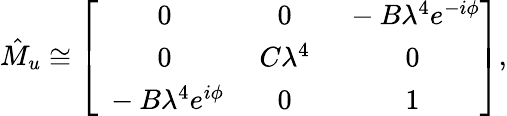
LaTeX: \hat{M}_{u}\cong\left[\begin{array}{ccc}{{\ 0}}&{{\ 0}}&{{\ -B\lambda^{4}e^{-i\phi}}}\\ {{\ 0}}&{{\ C\lambda^{4}}}&{{\ 0}}\\ {{\ -B\lambda^{4}e^{i\phi}}}&{{\ 0}}&{{\ 1}}\end{array}\right],